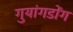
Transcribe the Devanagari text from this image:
गुयांगडोंग